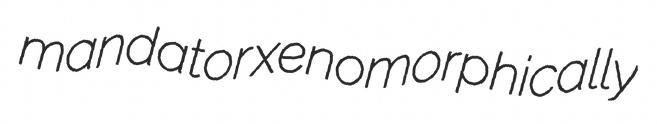
mandator xenomorphically